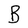
Character: B